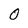
Character: 0